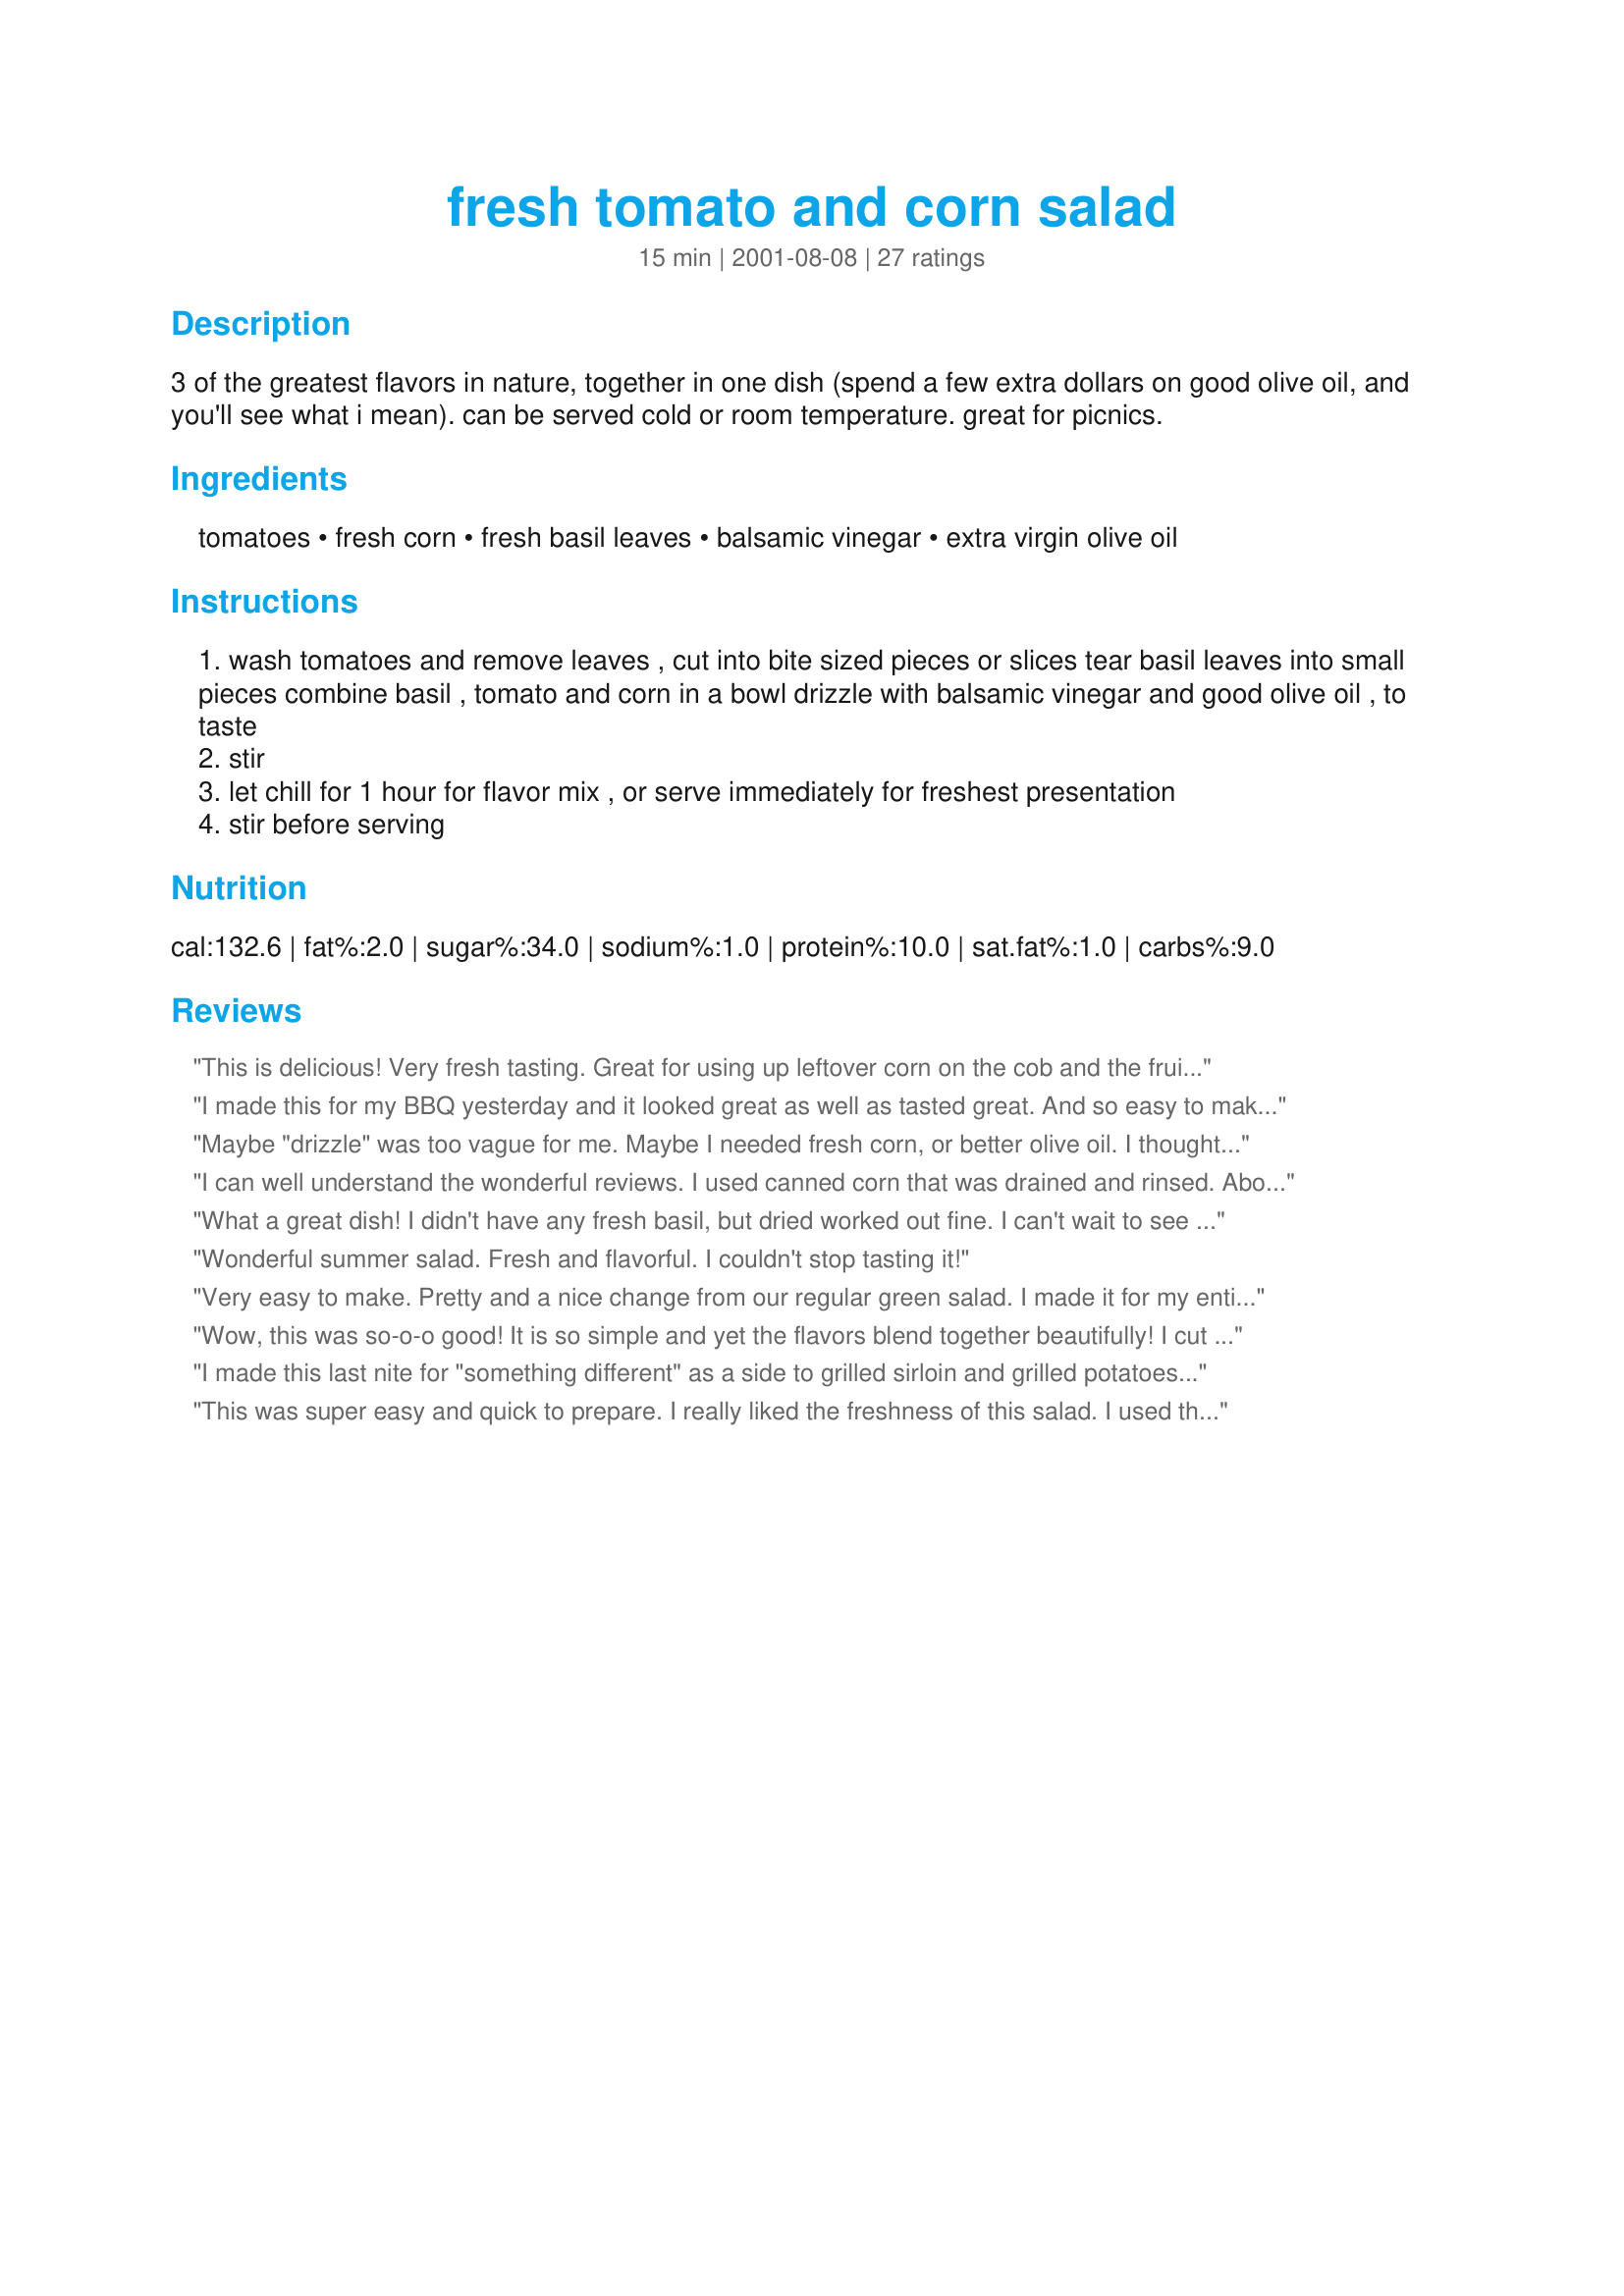
fresh tomato and corn salad
Preparation time: 15 minutes

3 of the greatest flavors in nature, together in one dish (spend a few extra dollars on good olive oil, and you'll see what i mean). can be served cold or room temperature. great for picnics.

Ingredients:
tomatoes, fresh corn, fresh basil leaves, balsamic vinegar, extra virgin olive oil

Steps:
wash tomatoes and remove leaves , cut into bite sized pieces or slices tear basil leaves into small pieces combine basil , tomato and corn in a bowl drizzle with balsamic vinegar and good olive oil , to taste
stir
let chill for 1 hour for flavor mix , or serve immediately for freshest presentation
stir before serving

Reviews:
This is delicious! Very fresh tasting. Great for using up leftover corn on the cob and the fruits of my great tomato harvest (both red & yellow cherries). Thanks for the post!
I made this for my BBQ yesterday and it looked great as well as tasted great. And so easy to make. I chopped up tomatoes and added frozen corn (I also doubled the recipe) and added fresh basil leasves. Very good, and I will be making it again for sure. Thanks for your posting.
Maybe "drizzle" was too vague for me. Maybe I needed fresh corn, or better olive oil. I thought this was okay, but it was missing something for me.
I can well understand the wonderful reviews. I used canned corn that was drained and rinsed. About 8 oz of halved cherry tomatoes was used and a large green onion was sliced and added to the mix. This only took a splash of olive oil. I did add in some freshly ground black pepper. This is an excellent salad for summertime fun.
What a great dish! I didn't have any fresh basil, but dried worked out fine. I can't wait to see how much better it will get with the fresh. This made for a lovely presentation as well. Seemed very elegant, but was so simple and quick to make. This is definitely "in-law worthy." Served with chicken and stuffing and potatoes. Really brightened up the plate!
Wonderful summer salad. Fresh and flavorful. I couldn't stop tasting it!
Very easy to make. Pretty and a nice change from our regular green salad. I made it for my entire family including the in-laws, they all liked it very much. I made it with the recipe "Superb Chicken and Shrimp" it was a cooling side dish which complimented the curry in the chicken and no one seemed to mind that the main dish also had tomatoes.
Wow, this was so-o-o good! It is so simple and yet the flavors blend together beautifully! I cut the recipe in half for two of us and used frozen corn and freeze-dried basil and it was a definite "doer again"!
Thanks, Carole in Orlando
I made this last nite for "something different" as a side to grilled sirloin and grilled potatoes. I loved that it was easy,,,ingredients on hand and the blend offered a good taste! I made it about 3 hrs before dinner and made as instructed. dh liked it too, but thought it needed a little crunch to it,,so next time, and there'll be one,,I'm going to add some small diced carrots and/or a few diced water chestnuts. dh sprinkled a little bit of shredded cheddar cheese on his and like that alot. He puts cheese on about everything, tho :) Thanks for a "different" great tasting side dish!...Kitty
This was super easy and quick to prepare. I really liked the freshness of this salad. I used the cherry tomatoes from our garden but I used frozen corn. No matter it still tasted great. My kids weren&#039;t sure if they enjoyed this or not. DH and I did though, so I will make this when the kids are at Gma and Gpas. Thank you for sharing with us.
I used grape tomatos and frozen corn but did use fresh basil and some awesome balsamic vinegar. This was so refreshing and delicious. It seems so simple, but the meld of flavors is just wonderful. I served with asian chicken skewers and everyone came back for seconds!
Classic late summer dish - can't go wrong mixing these simple ingredients together. Yum!!
Excellent side dish on a hot summer''s day.
Yummy! Used canned corn and it was still delicious. Will definately make again.
Lacking fresh basil I substituted dried basil in excess of 8 leaves and let the mixture sit for a few hours to "hydrate" the basil. It was excellent. The sweet corn compliments the tang of the balsamic extremely well... Oh, and it's super-easy/quick to make.
We really enjoyed this recipe....Easy and a great way to use up some tomatoes...
So good on our summer menu! Thanks so much. I added half a purple onion and I am in heaven. Thanks for posting a great recipe.
I've been making this salad for some time, only i used canned corn and either grape or cherry tomatoes and I use italian herb seasoning instead of fresh basil. We all love it, well except for my picky 3 year old. My advice is heavy on the vinegar, light on the oil.
Great Flavours! Definitely need to let the salad sit for an hour or so to bring out the fresh flavours!
Easy salad to put together.
So summery! I used frozen corn and grape tomatoes that I cut in half. If I could make a suggestion, I would try to include some type of amount for the balsamic and olive oil. I added a drizzle, decided it needed more and added and tasted...what a pain! LOL..
This was fun for me because I got to pick fresh basil from my herb garden and served this with some very tasty grilled chops. Very summery, very delicious. Oh, I did add some red onion just for fun. Great recipe, will be making it again!
Delightfully fresh! What a nice taste this has! Had fresh basil, but I imagine it would be good even with dried basil. A wonderful use for leftover corn on the cob! Tomatoes and balsamic vinegar-a real match made in heaven!
I have to agree with Sidney, it was lacking something for me. We used very fresh corn and excellent quality olive oil but something was missing. We ended up adding some red onion and mixing up a vinegarette with more oo, balsamic, garlic and mustard. That helped!
We'll make this a lot this summer! My daughter and I devoured it leaving just a smidgen for my husband to finish off. It's great either as a salad or as salsa with tortilla chips. I used lime basil and a little lime juice, plus some chopped shallots to give it a little kick. What a great way to use leftover corn on the cob! I can't wait to get back to the farm market for more corn.
Great tasting salad that was quick and easy, plus healthy and fresh. It's a keeper at my house!
All the tastes of summer in one beautiful dish. I made this side for a Labor Day barbeque and it went so well with the meats. I used frozen corn and 2 packages of grape tomatoes, sliced. I drizzled olive oil, an italian herb blend, salt and pepper. I forgot the vinegar, but didn't need it...I enjoyed the sweet tastes of the corn and tomatoes and the way they burst in your mouth. Received several compliments on it...it was beautiful as well, served layered in a large glass bowl. Thanks!
I opted for the cherry tomatoes and fresh corn. I used a pint of cherry tomatoes and 2 corn cobs. I used fresh basil, but I wouldn't hesitate to use dried, especially if making in advance. This was pretty and tasty. And for a potluck when time is short, you couldn't ask for a more perfect offering!
